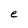
Character: e